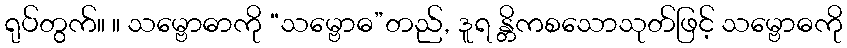
ရုပ်တွက်။ ။ သမ္ဗောဓာကို “သမ္ဗောဓ”တည်, ဒူရ န္တိကစသောသုတ်ဖြင့် သမ္ဗောဓကို